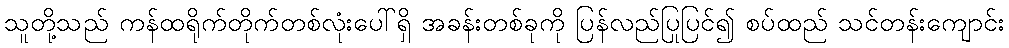
သူတို့သည် ကန်ထရိုက်တိုက်တစ်လုံးပေါ်ရှိ အခန်းတစ်ခုကို ပြန်လည်ပြုပြင်၍ စပ်ထည် သင်တန်းကျောင်း